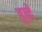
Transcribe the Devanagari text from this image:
बुन्दें